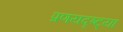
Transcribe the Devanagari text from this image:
प्रणयदृष्ट्या